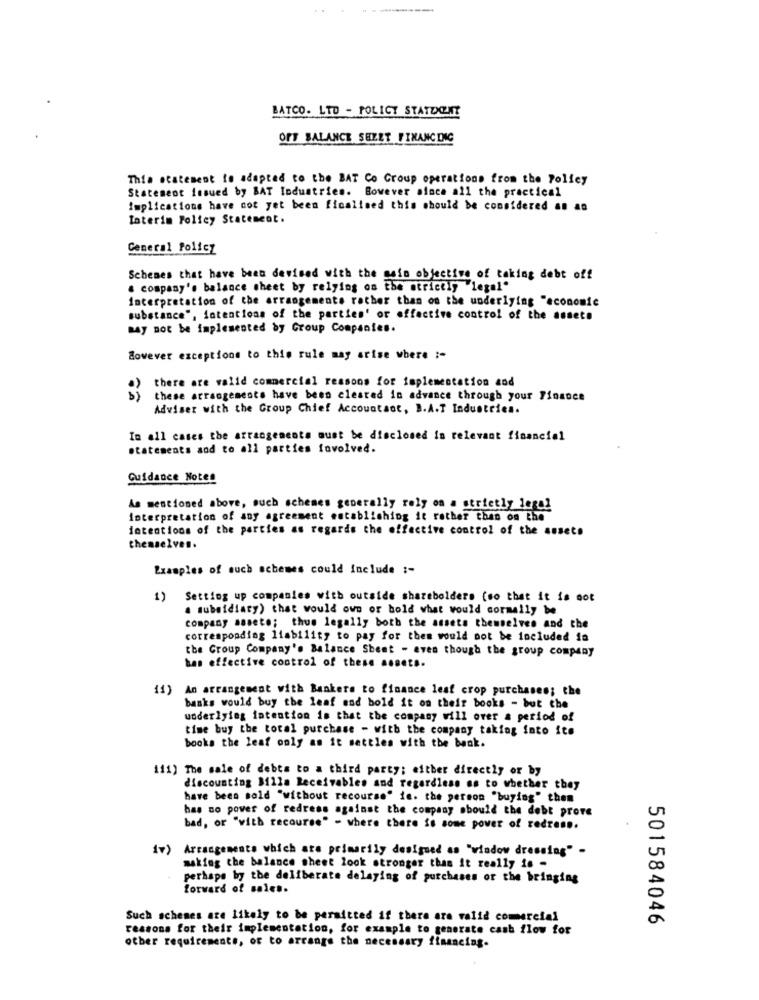
BATCO. LTD - POLICY STATDONE
OFF BALANCE SHEET FINANCING
This statement to adapted to the BAT Co Group operations from the Policy
Statement issued by BAT Industries. Bowever since all the practical
Implications have not yet been ficalined this should be considered as an
Interim Policy Statement.
General Policy
Schemes that have been devised with the main objective of taking debt off
& company's balance sheet by relying on the strictly "legal"
Interpretation of the arrangements rather than on the underlying "economic
substance", intentions of the parties' or effective control of the assets
may not be implemented by Group Companies.
However exceptions to this rule may arise where ;-
there are valid commercial reasons for implementation cod
these arrangements have been cleared in advance through your Finance
Adviser with the Group Chief Accountant, B.A.T Industries.
In all cases the arrangeacote must be disclosed in relevant financial
statements and to all parties involved.
Guidance Notes
As mentioned above, such schemes generally rely on a strictly legal
interpretation of any agreement establishing it rather than on the
intentions of the parties as regards the effective control of the assets
themselves.
Examples of such schemes could include ;-
) Setting up companies with outside shareholders (so that it is not
a subsidiary) that would own or hold what would cormally be
company saseto; thus legally both the assets themselves and the
corresponding liability to pay for them would not be included ia
the Group Company's Balance Sheet - even though the group company
bas effective control of these assets.
11)
An arrangement with Bankers to finance lest crop purchases; the
banks would buy the leaf and bold it on their books - but the
underlying intention is that the company will over a period of
time buy the total purchase - with the company taking into its
books the leaf only as it settles with the bank.
111) The sale of debts to a third party; either directly or by
discounting 3illa Receivables and regardless as to whether they
have been sold "without recourse" ie. the person "buying" then
has no power of redress against the company should the debt prore
bad, or "with recourse" - where there is some power of redress.
1v) Arrangements which are primarily designed as "window dressing" -
making the balance sheet look stronger than it really is -
perhaps by the deliberate delaying of purchases or the bringing
forward of sales.
Such schemes are likely to be permitted if there are valid comercial
reasons for their implementation, for example to generate cash flow for
501584046
other requirements, or to arrange the necessary financing.